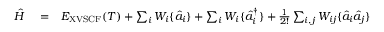
\begin{array} { r l r } { \hat { H } } & { { } = } & { E _ { \mathrm { X V S C F } } ( T ) + \sum _ { i } W _ { i } \{ \hat { a } _ { i } \} + \sum _ { i } W _ { i } \{ \hat { a } _ { i } ^ { \dagger } \} + \frac { 1 } { 2 ! } \sum _ { i , j } W _ { i j } \{ \hat { a } _ { i } \hat { a } _ { j } \} } \end{array}